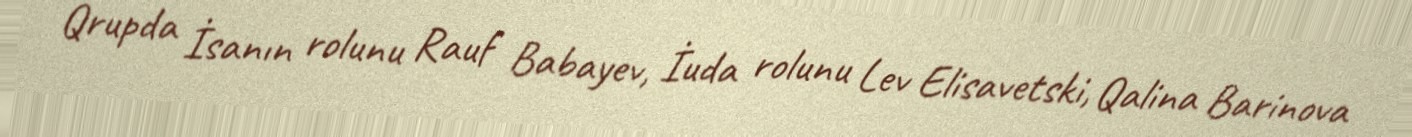
Qrupda İsanın rolunu Rauf Babayev, İuda rolunu Lev Elisavetski, Qalina Barinova